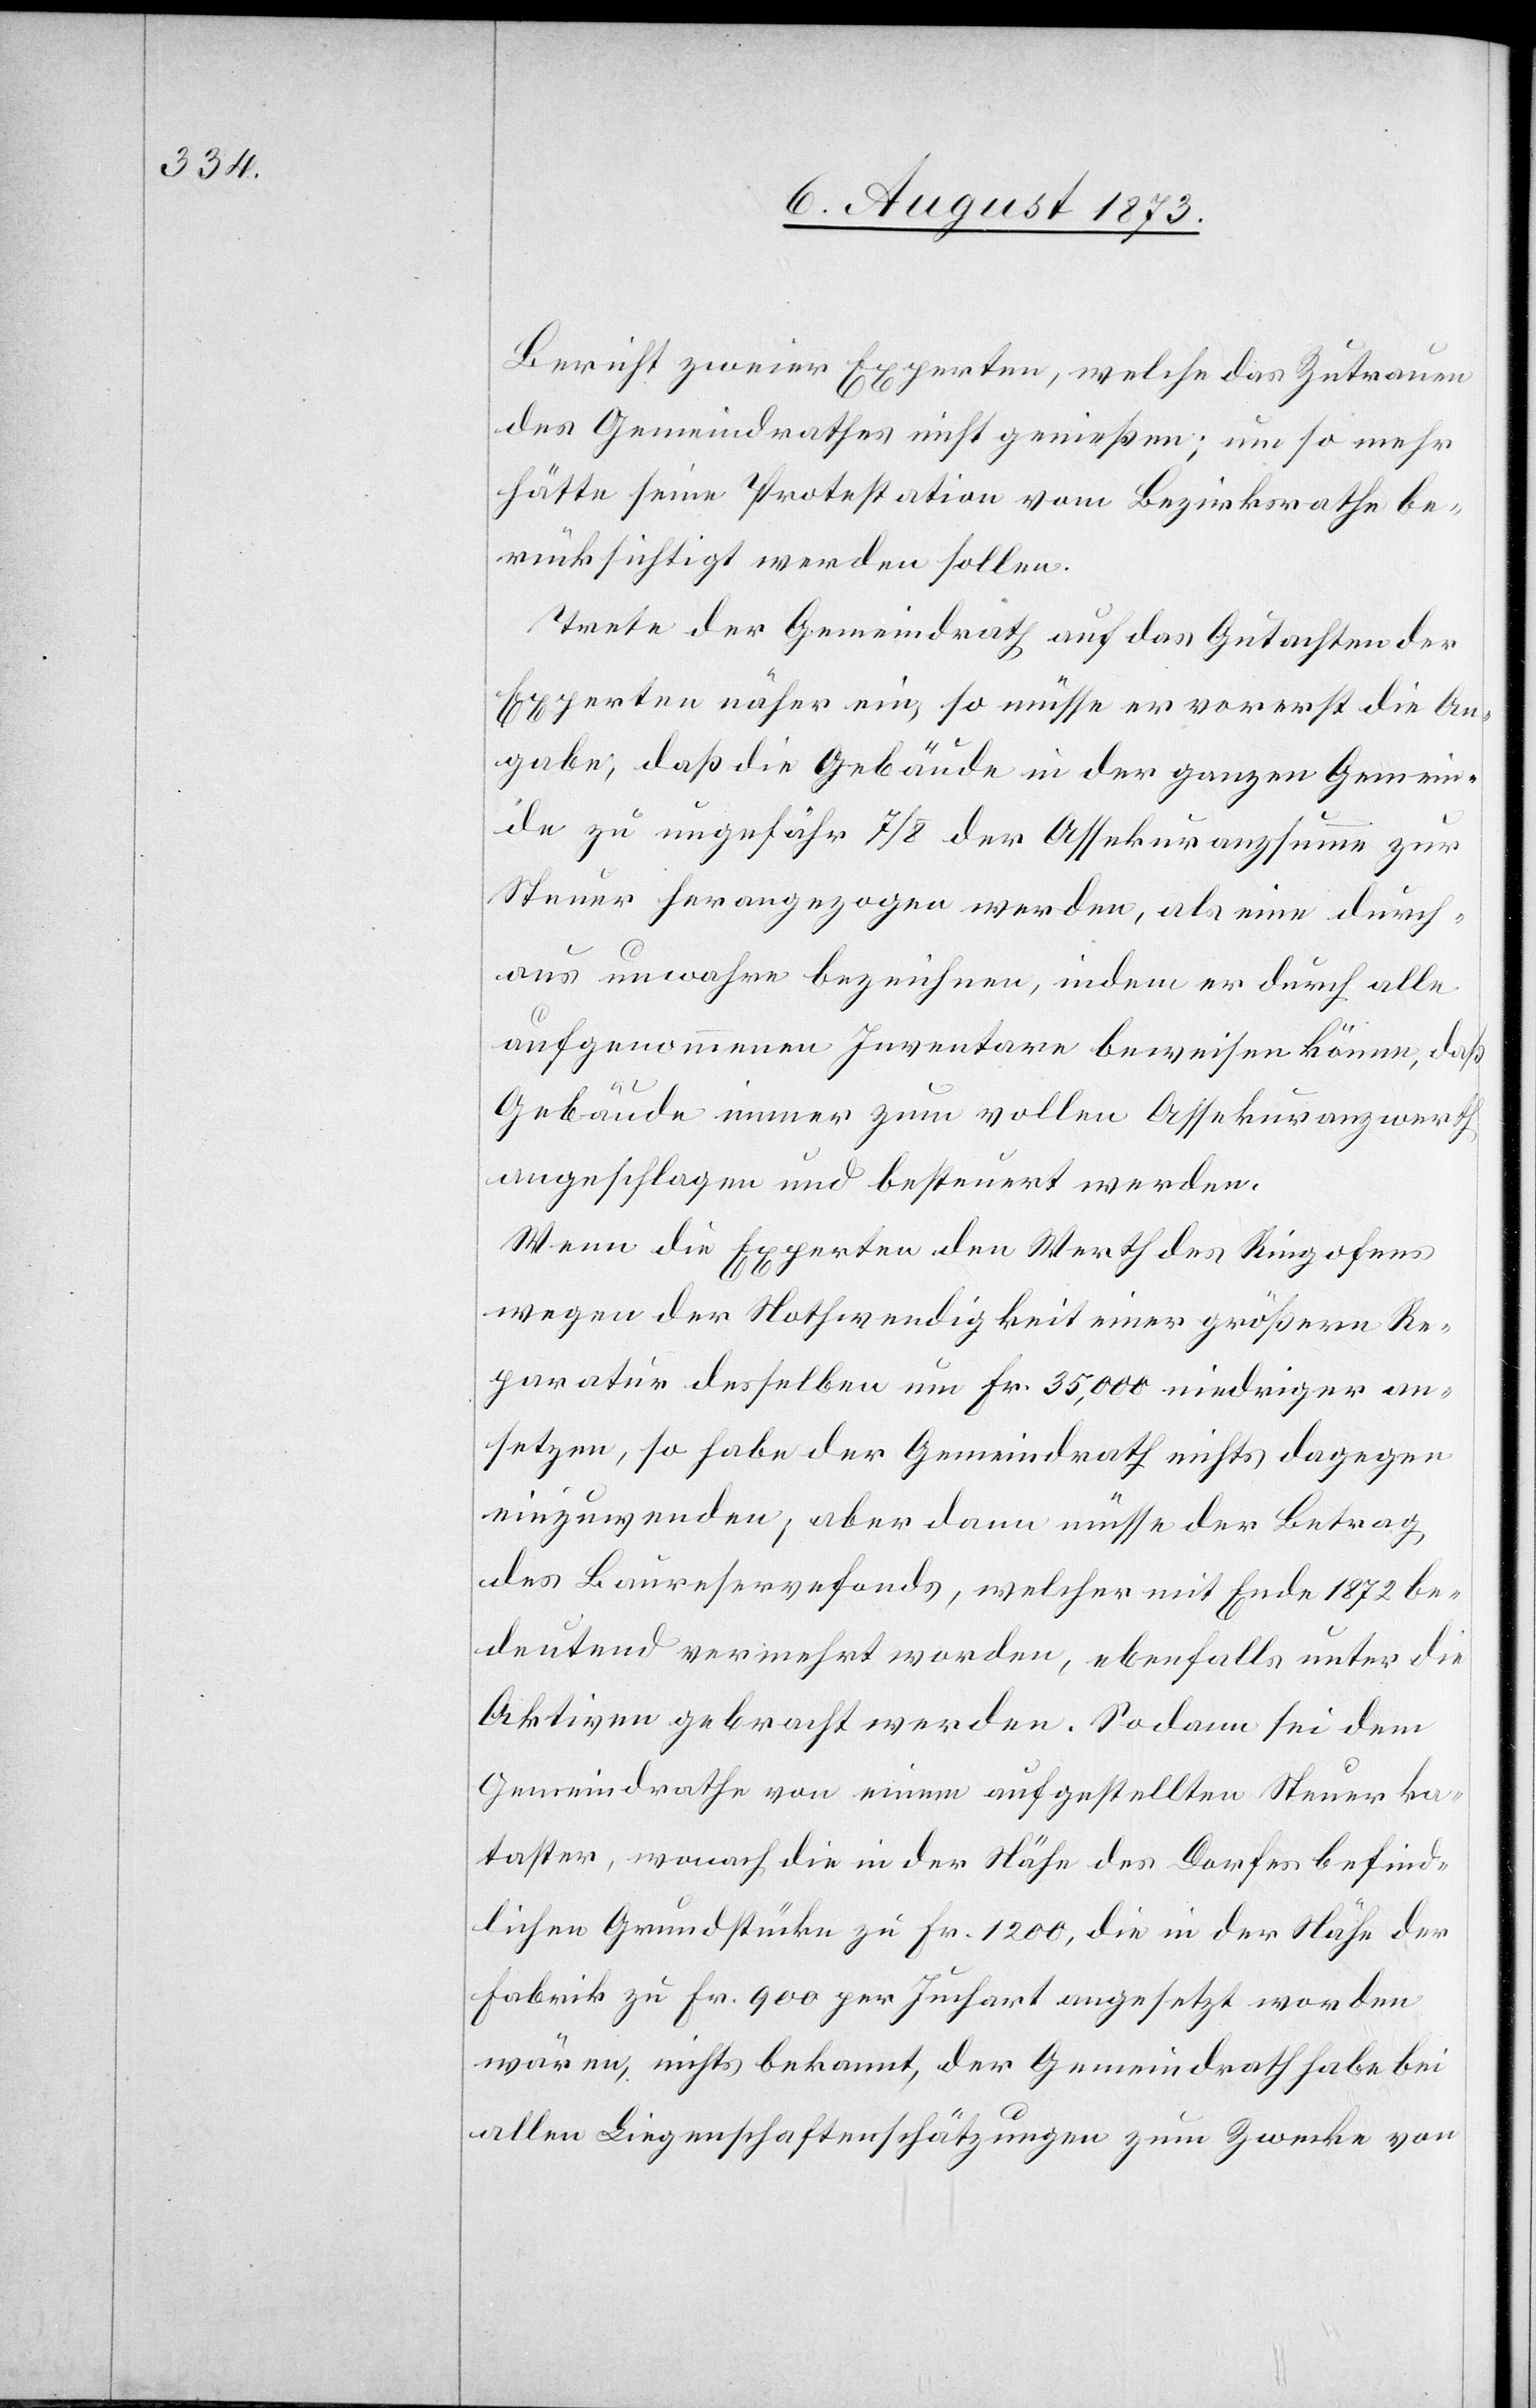
Bericht zweier Experten, welche das Zutrauen
des Gemeindrathes nicht genießen; um so mehr
hätte seine Protestation vom Bezirksrathe be¬
rücksichtigt werden sollen.
Trete der Gemeindrath auf das Gutachten der
Experten näher ein, so müsse er vorerst die An¬
gabe, daß die Gebäude in der ganzen Gemein¬
de zu ungefähr 7/8 der Assekuranzsumme zur
Steuer herangezogen werden, als eine durch¬
aus unwahre bezeichnen, indem er durch alle
aufgenommenen Inventare beweisen könne, daß
Gebäude immer zum vollen Assekuranzwerth
angeschlagen und besteuert werden.
Wenn die Experten den Werth des Ringofens
wegen der Nothwendigkeit einer größern Re¬
paratur desselben um Fr. 35,000 niedriger an¬
setzen, so habe der Gemeindrath nichts dagegen
einzuwenden; aber dann müsse der Betrag
des Baureservefonds, welcher mit Ende 1872 be¬
deutend vermehrt worden, ebenfalls unter die
Aktiven gebracht werden. Sodann sei dem
Gemeindrathe von einem aufgestellten Steuerka¬
taster, wonach die in der Nähe des Dorfes befind¬
lichen Grundstücke zu Fr. 1 200, die in der Nähe der
Fabrik zu Fr. 900 per Juchart angesetzt worden
wären, nichts bekannt, der Gemeindrath habe bei
allen Liegenschaftenschätzungen zum Zwecke von